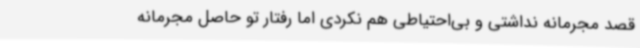
قصد مجرمانه نداشتی و بی‌احتیاطی هم نکردی اما رفتار تو حاصل مجرمانه